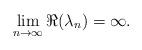
LaTeX: \begin{align*}\lim_{n\rightarrow \infty}\Re(\lambda_{n})=\infty.\end{align*}